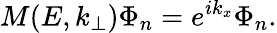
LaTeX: M(E,k_{\bot})\Phi_{n}=e^{ik_{x}}\Phi_{n}.